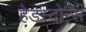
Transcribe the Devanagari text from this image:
हेडस्टोन्स